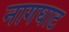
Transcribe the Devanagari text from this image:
नागघाट